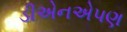
ડીએનએપણ